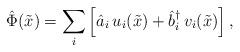
LaTeX: \begin{align*}{\hat \Phi}({\tilde x})=\sum_i \left[{\hat a}_i\, u_i({\tilde x}) +{\hat b}_{i}^{\dag}\, v_{i}({\tilde x})\right],\end{align*}